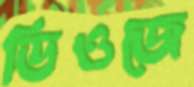
ডিওজে